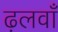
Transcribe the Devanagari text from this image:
ढ़लवाँ